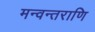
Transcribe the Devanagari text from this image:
मन्वन्तराणि